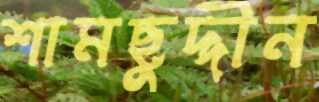
শামছুদ্দীন